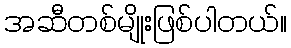
အဆီတစ်မျိုးဖြစ်ပါတယ်။